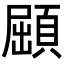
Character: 𩓦